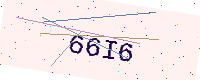
Text: 66I6